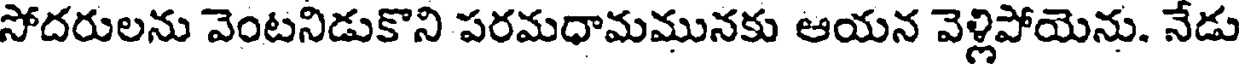
సోదరులను వెంటనిడుకొని పరమధామమునకు ఆయన వెళ్లిపోయెను. నేడు